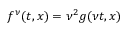
f ^ { \nu } ( t , x ) = \nu ^ { 2 } g ( \nu t , x )